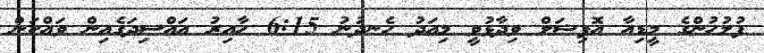
ފުލުހުންގެ މީޑިއާ އޮފިޝަލް ވިދާޅުވީ މިއަދު ހެނދުނު 6:15 ހާއިރު އައްސިދަގެއިން ވައްކަން